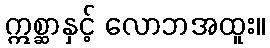
ဣစ္ဆာနှင့် လောဘအထူး။